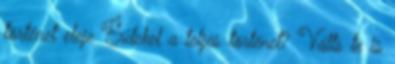
történet eleje Érdekel a teljes történet? Válts te is